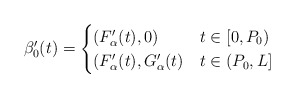
\begin{align*}\beta_0'(t) =\begin{cases}(F_\alpha'(t), 0) & t \in [0,P_0) \\(F_\alpha'(t), G_\alpha'(t) & t \in (P_0,L] \\\end{cases}\end{align*}